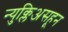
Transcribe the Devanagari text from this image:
न्युक्लिअसहून